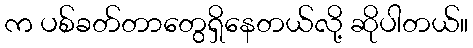
က ပစ်ခတ်တာတွေရှိနေတယ်လို့ ဆိုပါတယ်။